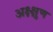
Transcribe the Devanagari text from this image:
अक्ष्क्षुण